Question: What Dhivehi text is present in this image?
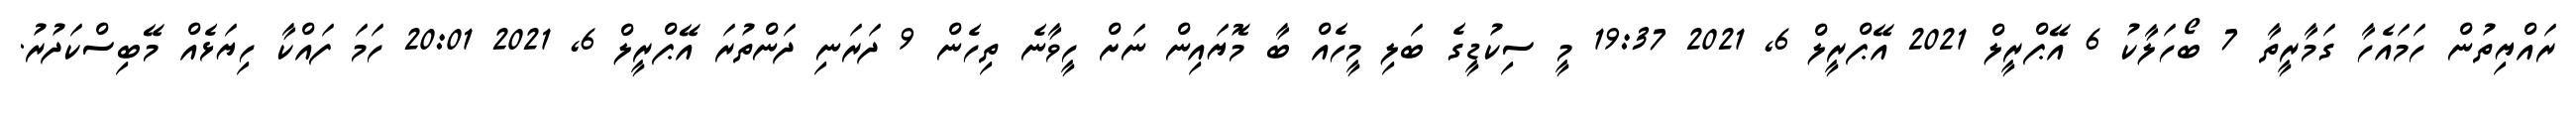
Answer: ރައްޔިތުން ހަމައެހާ ގަމާރީތާ 7 ބޯހަލާކު 6 އޭޕްރީލް 2021 އޭޕްރީލް 6, 2021 19:37 މީ ސިކުޑީގެ ބަލި މީހެއް ބާ މޮޔައިން ނަށް ހީވާނެ ތިހެން 9 ދަރަނި ދަންތުރަ އޭޕްރީލް 6, 2021 20:01 ހަމަ ފައްކާ ހިޔަޅެއް މޭބިސްކަދުރު.